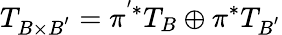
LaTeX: T_{B\times B^{'}}=\pi^{'*}T_{B}\oplus\pi^{*}T_{B^{'}}